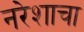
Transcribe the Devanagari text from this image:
नरेशाचा